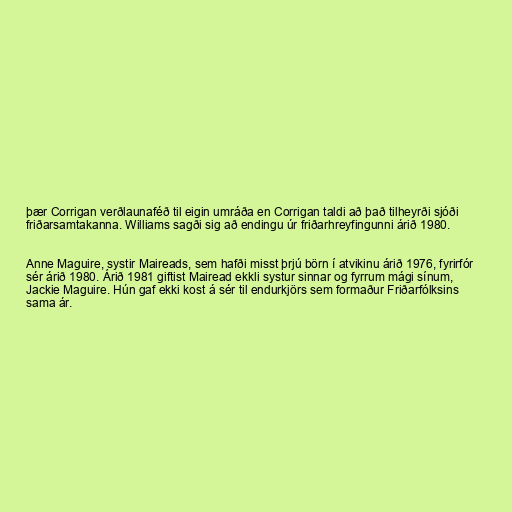
þær Corrigan verðlaunaféð til eigin umráða en Corrigan taldi að það tilheyrði sjóði
friðarsamtakanna. Williams sagði sig að endingu úr friðarhreyfingunni árið 1980.

Anne Maguire, systir Maireads, sem hafði misst þrjú börn í atvikinu árið 1976, fyrirfór
sér árið 1980. Árið 1981 giftist Mairead ekkli systur sinnar og fyrrum mági sínum,
Jackie Maguire. Hún gaf ekki kost á sér til endurkjörs sem formaður Friðarfólksins
sama ár.